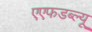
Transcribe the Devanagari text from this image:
एएफडब्ल्‍यू